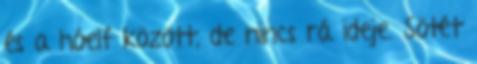
és a hóelf között, de nincs rá ideje. Sötét